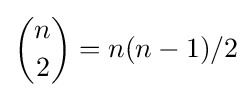
{\binom {n}{2}}=n(n-1)/2